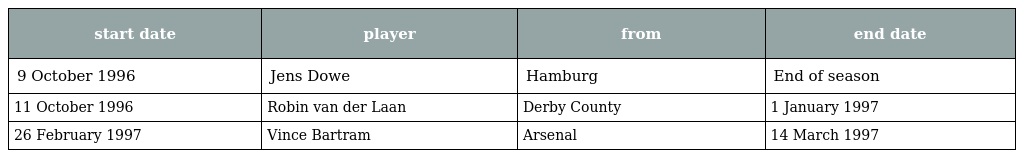
| start date | player | from | end date |
 | --- | --- | --- | --- |
 | 9 October 1996 | Jens Dowe | Hamburg | End of season |
 | 11 October 1996 | Robin van der Laan | Derby County | 1 January 1997 |
 | 26 February 1997 | Vince Bartram | Arsenal | 14 March 1997 |